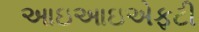
આઇઆઇએફટી